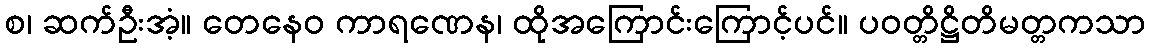
စ၊ ဆက်ဦးအံ့။ တေနေဝ ကာရဏေန၊ ထိုအကြောင်းကြောင့်ပင်။ ပဝတ္တိဋ္ဌိတိမတ္တကသာ